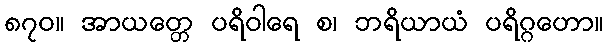
၈၇၀။ အာယတ္တေ ပရိဝါရေ စ၊ ဘရိယာယံ ပရိဂ္ဂဟော။